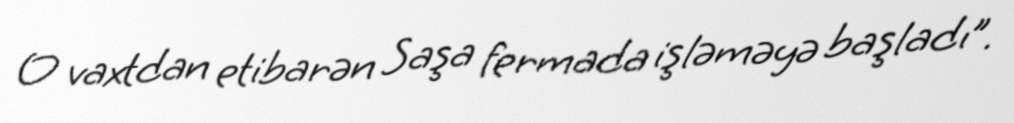
O vaxtdan etibarən Saşa fermada işləməyə başladı”.